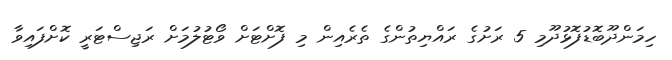
ހިމަންދޫބޮޑުފޮޅުދޫމި 5 ރަށުގެ ރައްޔިތުންގެ ތެރެއިން މި ފޮށްޓަށް ވޯޓުލުމަށް ރަޖިސްޓަރީ ކޮށްފައިވާ